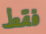
فقط